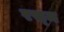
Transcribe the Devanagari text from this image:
रस्‍म